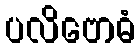
ပလိဗောဓံ